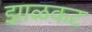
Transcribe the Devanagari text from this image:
झाळकट